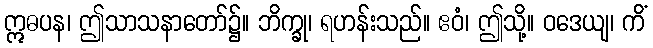
ဣဓပန၊ ဤသာသနာတော်၌။ ဘိက္ခု၊ ရဟန်းသည်။ ဧဝံ၊ ဤသို့။ ဝဒေယျ၊ ကိံ